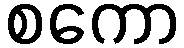
စကော